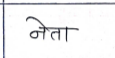
मजकूर: नेता